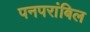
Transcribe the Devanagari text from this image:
पनपरांबिल